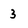
Character: 3